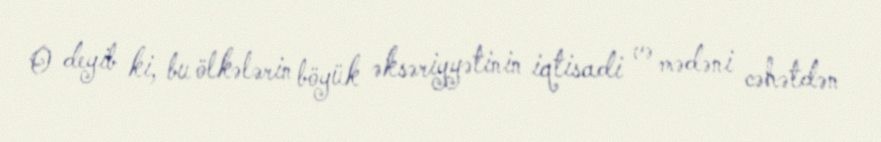
O deyib ki, bu ölkələrin böyük əksəriyyətinin iqtisadi və mədəni cəhətdən